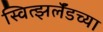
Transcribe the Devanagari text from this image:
स्वित्झर्लॅडच्या